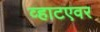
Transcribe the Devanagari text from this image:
व्हाटएवर